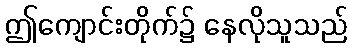
ဤကျောင်းတိုက်၌ နေလိုသူသည်